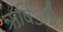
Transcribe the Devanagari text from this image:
ऋषिऽभिः